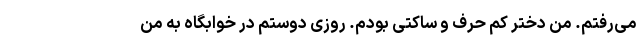
می‌رفتم. من دختر کم حرف و ساکتی بودم. روزی دوستم در خوابگاه به من